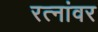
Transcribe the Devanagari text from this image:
रत्‍नांवर